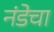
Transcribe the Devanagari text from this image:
नंडेचा